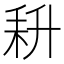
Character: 𰭰